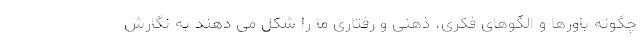
چگونه باورها و الگوهای فکری، ذهنی و رفتاری ما را شکل می دهند به نگارش